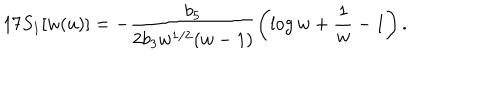
LaTeX: 1 7 S _ { 1 } [ w ( u ) ] = - \frac { b _ { 5 } } { 2 b _ { 3 } w ^ { 1 / 2 } ( w - 1 ) } \left( \log w + \frac { 1 } { w } - 1 \right) .